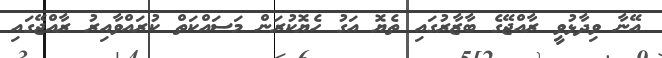
އޭނާ ވިދާޅުވީ ރާއްޖޭގެ ބާޒާރުގައި ތެޔޮ އަގު ހެޔޮކުރަން މަސައްކަތް ކުރައްވާއިރު ރާއްޖޭގައި